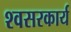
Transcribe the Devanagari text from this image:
श्वसरकार्य